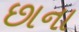
છાના